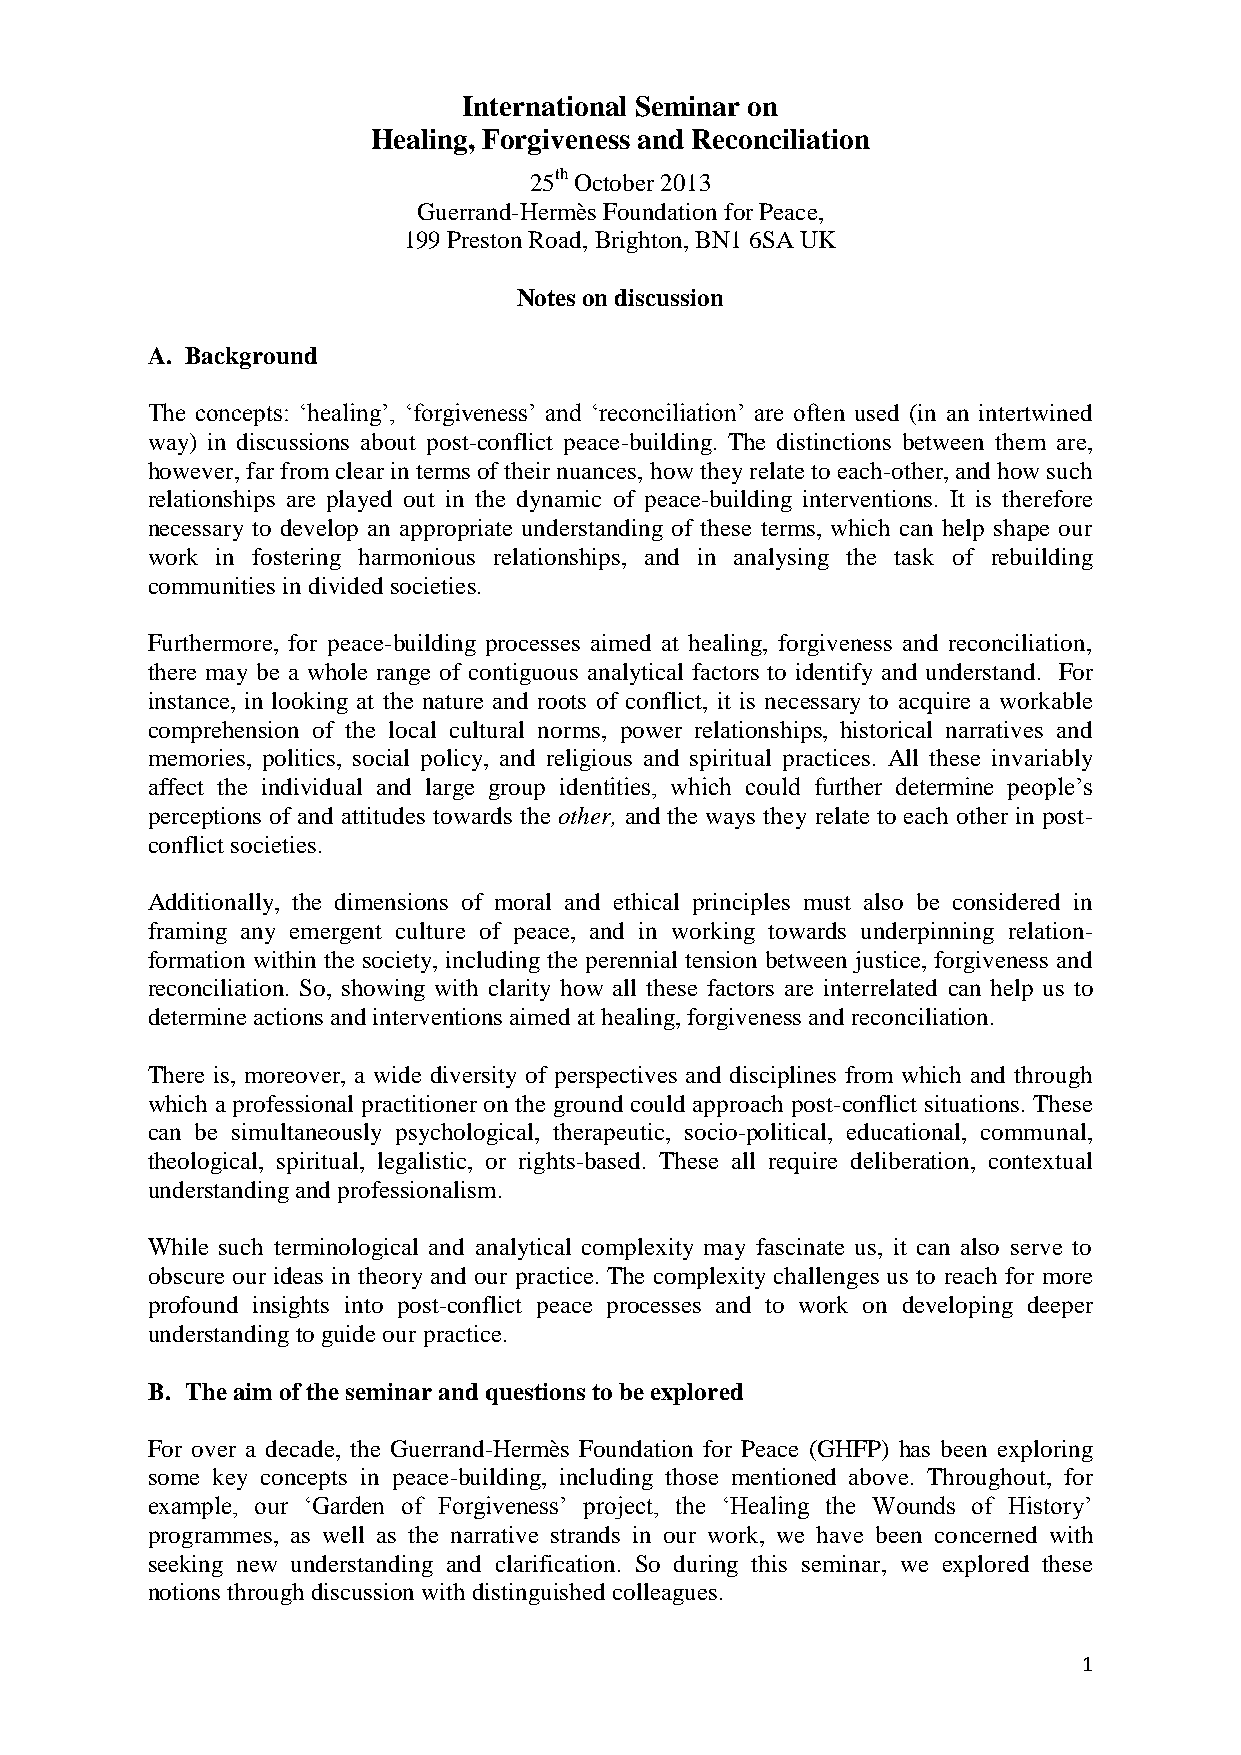
International Seminar on
 Healing, Forgiveness and Reconciliation
 25th October 2013
 Guerrand-Hermès Foundation for Peace,
 199 Preston Road, Brighton, BN1 6SA UK
 Notes on discussion
 A. Background
 The concepts: ‘healing’, ‘forgiveness’ and ‘reconciliation’ are often used (in an intertwined
 way) in discussions about post-conflict peace-building. The distinctions between them are,
 however, far from clear in terms of their nuances, how they relate to each-other, and how such
 relationships are played out in the dynamic of peace-building interventions. It is therefore
 necessary to develop an appropriate understanding of these terms, which can help shape our
 work in fostering harmonious relationships, and in analysing the task of rebuilding
 communities in divided societies.
 Furthermore, for peace-building processes aimed at healing, forgiveness and reconciliation,
 there may be a whole range of contiguous analytical factors to identify and understand. For
 instance, in looking at the nature and roots of conflict, it is necessary to acquire a workable
 comprehension of the local cultural norms, power relationships, historical narratives and
 memories, politics, social policy, and religious and spiritual practices. All these invariably
 affect the individual and large group identities, which could further determine people’s
 perceptions of and attitudes towards the other, and the ways they relate to each other in post-
 conflict societies.
 Additionally, the dimensions of moral and ethical principles must also be considered in
 framing any emergent culture of peace, and in working towards underpinning relation-
 formation within the society, including the perennial tension between justice, forgiveness and
 reconciliation. So, showing with clarity how all these factors are interrelated can help us to
 determine actions and interventions aimed at healing, forgiveness and reconciliation.
 There is, moreover, a wide diversity of perspectives and disciplines from which and through
 which a professional practitioner on the ground could approach post-conflict situations. These
 can be simultaneously psychological, therapeutic, socio-political, educational, communal,
 theological, spiritual, legalistic, or rights-based. These all require deliberation, contextual
 understanding and professionalism.
 While such terminological and analytical complexity may fascinate us, it can also serve to
 obscure our ideas in theory and our practice. The complexity challenges us to reach for more
 profound insights into post-conflict peace processes and to work on developing deeper
 understanding to guide our practice.
 B. The aim of the seminar and questions to be explored
 For over a decade, the Guerrand-Hermès Foundation for Peace (GHFP) has been exploring
 some key concepts in peace-building, including those mentioned above. Throughout, for
 example, our ‘Garden of Forgiveness’ project, the ‘Healing the Wounds of History’
 programmes, as well as the narrative strands in our work, we have been concerned with
 seeking new understanding and clarification. So during this seminar, we explored these
 notions through discussion with distinguished colleagues.
 1